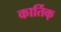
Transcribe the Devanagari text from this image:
कार्तिक्